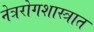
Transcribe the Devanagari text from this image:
नेत्ररोगशास्त्रात